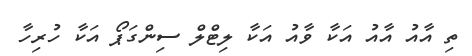
ތި އާއު އާއު އަކާ ވާއު އަކާ ލިޓްލް ސިންގަޕޯ އަކާ ހުރިހާ